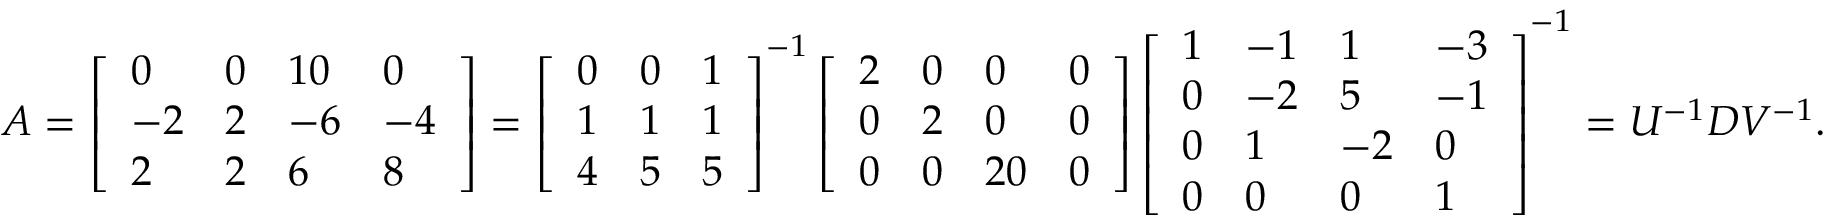
\begin{array} { r } { A = \left[ \begin{array} { l l l l } { 0 } & { 0 } & { 1 0 } & { 0 } \\ { - 2 } & { 2 } & { - 6 } & { - 4 } \\ { 2 } & { 2 } & { 6 } & { 8 } \end{array} \right] = \left[ \begin{array} { l l l } { 0 } & { 0 } & { 1 } \\ { 1 } & { 1 } & { 1 } \\ { 4 } & { 5 } & { 5 } \end{array} \right] ^ { - 1 } \left[ \begin{array} { l l l l } { 2 } & { 0 } & { 0 } & { 0 } \\ { 0 } & { 2 } & { 0 } & { 0 } \\ { 0 } & { 0 } & { 2 0 } & { 0 } \end{array} \right] \left[ \begin{array} { l l l l } { 1 } & { - 1 } & { 1 } & { - 3 } \\ { 0 } & { - 2 } & { 5 } & { - 1 } \\ { 0 } & { 1 } & { - 2 } & { 0 } \\ { 0 } & { 0 } & { 0 } & { 1 } \end{array} \right] ^ { - 1 } = U ^ { - 1 } D V ^ { - 1 } . } \end{array}